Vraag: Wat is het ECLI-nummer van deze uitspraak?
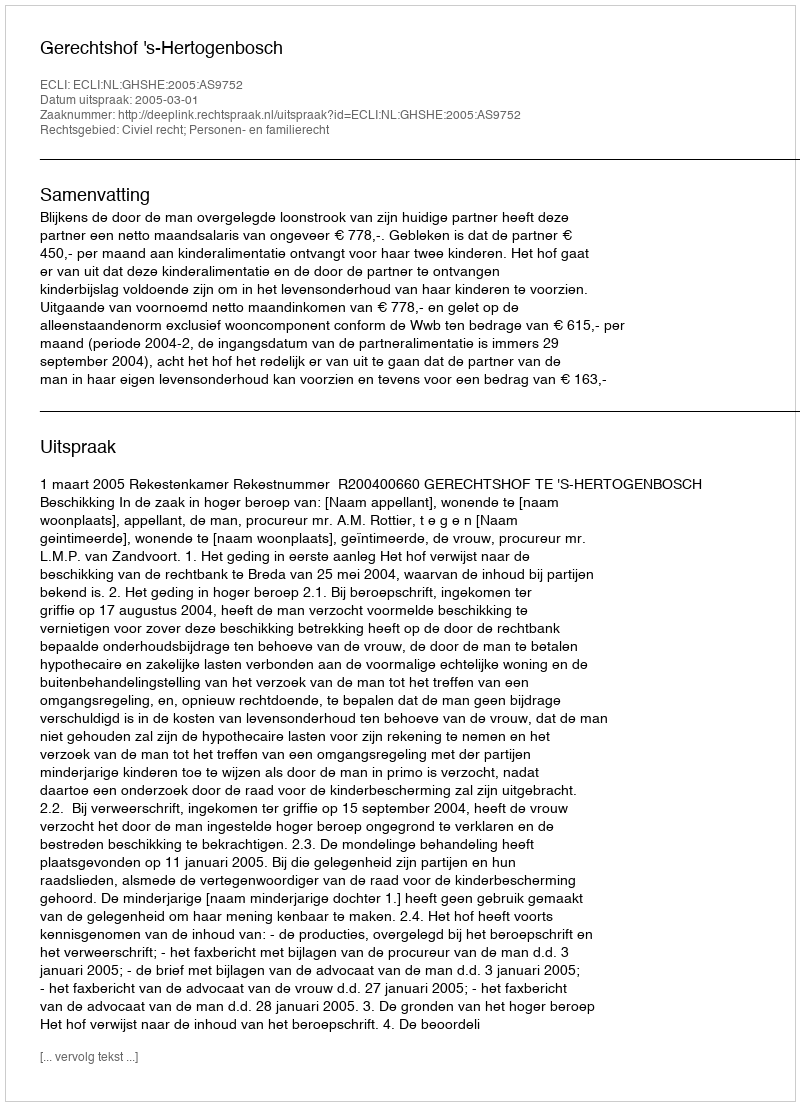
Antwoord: ECLI:NL:GHSHE:2005:AS9752